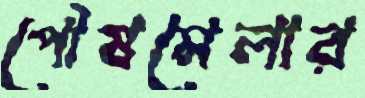
পৌষমেলার